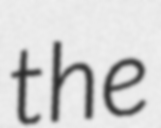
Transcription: the